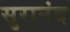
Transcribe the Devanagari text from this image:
सुरानंद